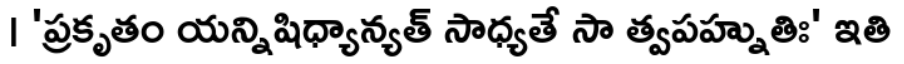
। 'ప్రకృతం యన్నిషిధ్యాన్యత్ సాధ్యతే సా త్వపహ్నుతిః' ఇతి